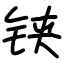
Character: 铗